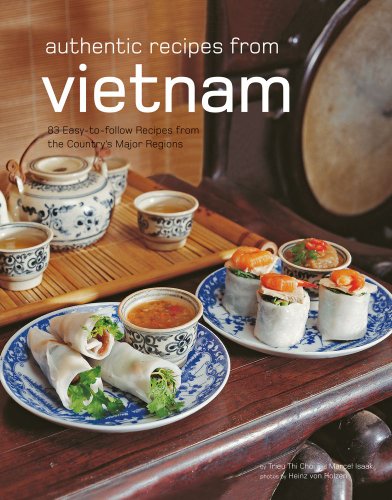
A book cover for Authentic Recipes from Vietnam: [Vietnamese Cookbook, Over 80 Recipes] (Authentic Recipes Series); Trieu Thi Choi; Cookbooks, Food & Wine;